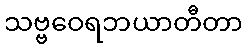
သဗ္ဗဝေရဘယာတီတာ